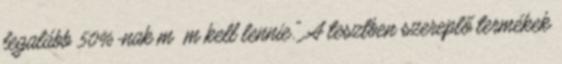
legalább 50%-nak m m kell lennie." A tesztben szereplő termékek